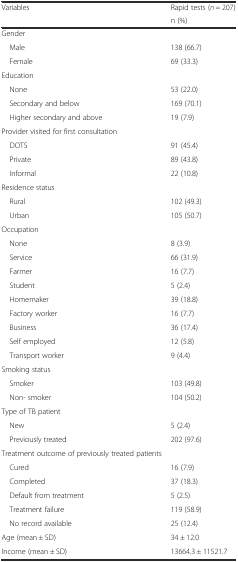
<table><thead><tr><td rowspan="2"><b>Variables</b></td><td><b>Rapid tests (<i>n</i> = 207)</b></td></tr><tr><td><b>n (%)</b></td></tr></thead><tbody><tr><td>Gender</td><td></td></tr><tr><td> Male</td><td>138 (66.7)</td></tr><tr><td> Female</td><td>69 (33.3)</td></tr><tr><td>Education</td><td></td></tr><tr><td> None</td><td>53 (22.0)</td></tr><tr><td> Secondary and below</td><td>169 (70.1)</td></tr><tr><td> Higher secondary and above</td><td>19 (7.9)</td></tr><tr><td>Provider visited for first consultation</td><td></td></tr><tr><td> DOTS</td><td>91 (45.4)</td></tr><tr><td> Private</td><td>89 (43.8)</td></tr><tr><td> Informal</td><td>22 (10.8)</td></tr><tr><td>Residence status</td><td></td></tr><tr><td> Rural</td><td>102 (49.3)</td></tr><tr><td> Urban</td><td>105 (50.7)</td></tr><tr><td>Occupation</td><td></td></tr><tr><td> None</td><td>8 (3.9)</td></tr><tr><td> Service</td><td>66 (31.9)</td></tr><tr><td> Farmer</td><td>16 (7.7)</td></tr><tr><td> Student</td><td>5 (2.4)</td></tr><tr><td> Homemaker</td><td>39 (18.8)</td></tr><tr><td> Factory worker</td><td>16 (7.7)</td></tr><tr><td> Business</td><td>36 (17.4)</td></tr><tr><td> Self employed</td><td>12 (5.8)</td></tr><tr><td> Transport worker</td><td>9 (4.4)</td></tr><tr><td>Smoking status</td><td></td></tr><tr><td> Smoker</td><td>103 (49.8)</td></tr><tr><td> Non- smoker</td><td>104 (50.2)</td></tr><tr><td>Type of TB patient</td><td></td></tr><tr><td> New</td><td>5 (2.4)</td></tr><tr><td> Previously treated</td><td>202 (97.6)</td></tr><tr><td>Treatment outcome of previously treated patients</td><td></td></tr><tr><td> Cured</td><td>16 (7.9)</td></tr><tr><td> Completed</td><td>37 (18.3)</td></tr><tr><td> Default from treatment</td><td>5 (2.5)</td></tr><tr><td> Treatment failure</td><td>119 (58.9)</td></tr><tr><td> No record available</td><td>25 (12.4)</td></tr><tr><td>Age (mean ± SD)</td><td>34 ± 12.0</td></tr><tr><td>Income (mean ± SD)</td><td>13664.3 ± 11521.7</td></tr></tbody></table>